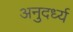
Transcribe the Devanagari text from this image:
अनुदर्ध्य